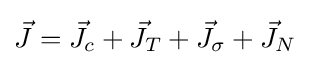
{\vec {J}}={\vec {J}}_{c}+{\vec {J}}_{T}+{\vec {J}}_{\sigma }+{\vec {J}}_{N}